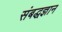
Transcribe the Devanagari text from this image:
संबद्धज्ञान